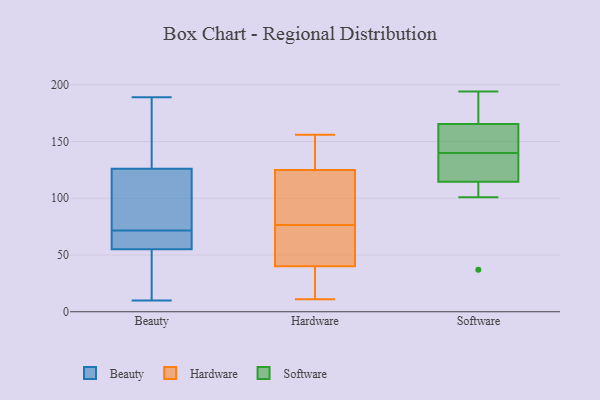
{"axis": {"x": "Budget (USD K)", "y": "Value"}, "legend": ["Beauty", "Hardware", "Software"], "data": [{"x": "", "y": 55, "type": "Beauty"}, {"x": "", "y": 65, "type": "Beauty"}, {"x": "", "y": 75, "type": "Beauty"}, {"x": "", "y": 189, "type": "Beauty"}, {"x": "", "y": 110, "type": "Beauty"}, {"x": "", "y": 10, "type": "Beauty"}, {"x": "", "y": 126, "type": "Beauty"}, {"x": "", "y": 11, "type": "Beauty"}, {"x": "", "y": 20, "type": "Beauty"}, {"x": "", "y": 64, "type": "Beauty"}, {"x": "", "y": 21, "type": "Beauty"}, {"x": "", "y": 85, "type": "Beauty"}, {"x": "", "y": 165, "type": "Beauty"}, {"x": "", "y": 58, "type": "Beauty"}, {"x": "", "y": 75, "type": "Beauty"}, {"x": "", "y": 68, "type": "Beauty"}, {"x": "", "y": 127, "type": "Beauty"}, {"x": "", "y": 137, "type": "Beauty"}, {"x": "", "y": 131, "type": "Hardware"}, {"x": "", "y": 125, "type": "Hardware"}, {"x": "", "y": 16, "type": "Hardware"}, {"x": "", "y": 144, "type": "Hardware"}, {"x": "", "y": 67, "type": "Hardware"}, {"x": "", "y": 102, "type": "Hardware"}, {"x": "", "y": 83, "type": "Hardware"}, {"x": "", "y": 85, "type": "Hardware"}, {"x": "", "y": 11, "type": "Hardware"}, {"x": "", "y": 70, "type": "Hardware"}, {"x": "", "y": 29, "type": "Hardware"}, {"x": "", "y": 40, "type": "Hardware"}, {"x": "", "y": 156, "type": "Hardware"}, {"x": "", "y": 60, "type": "Hardware"}, {"x": "", "y": 145, "type": "Software"}, {"x": "", "y": 165, "type": "Software"}, {"x": "", "y": 135, "type": "Software"}, {"x": "", "y": 194, "type": "Software"}, {"x": "", "y": 166, "type": "Software"}, {"x": "", "y": 37, "type": "Software"}, {"x": "", "y": 180, "type": "Software"}, {"x": "", "y": 155, "type": "Software"}, {"x": "", "y": 101, "type": "Software"}, {"x": "", "y": 121, "type": "Software"}, {"x": "", "y": 128, "type": "Software"}, {"x": "", "y": 108, "type": "Software"}]}